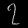
Digit: ၇